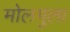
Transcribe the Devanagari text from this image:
मोलगुला